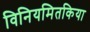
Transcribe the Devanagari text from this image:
विनियमितकिया